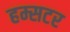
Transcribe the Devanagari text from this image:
हम्सटर